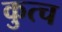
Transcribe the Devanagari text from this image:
कुत्च